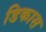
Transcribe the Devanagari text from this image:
डिकास